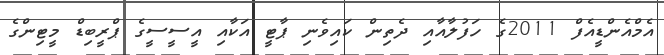
އެމްއެންޑީއެފް 2011ގެ ހަފުލާއާއި ދެތިން ކައިވެނި ޕާޓީ އަކާއި އީސީސީގެ ޕްރީބިޑް މީޓިންގެ